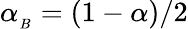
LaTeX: \alpha_{_B}=\left(1-\alpha\right)/2